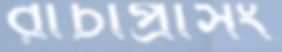
রাচাপ্রাসং